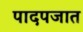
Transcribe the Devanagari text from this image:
पादपजात